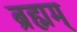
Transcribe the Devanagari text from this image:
ब्रह्मम्